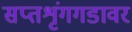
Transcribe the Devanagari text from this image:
सप्तशृंगगडावर